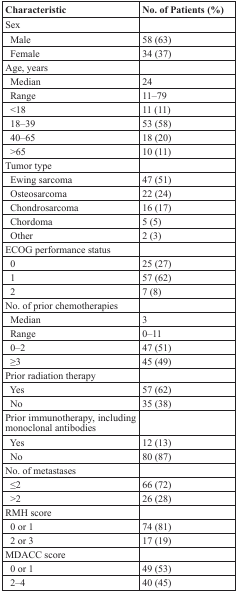
<table><thead><tr><td><b>Characteristic</b></td><td><b>No. of Patients (%)</b></td></tr></thead><tbody><tr><td>Sex</td><td></td></tr><tr><td> Male</td><td>58 (63)</td></tr><tr><td> Female</td><td>34 (37)</td></tr><tr><td>Age, years</td><td></td></tr><tr><td> Median</td><td>24</td></tr><tr><td> Range</td><td>11–79</td></tr><tr><td> &lt;18</td><td>11 (11)</td></tr><tr><td> 18–39</td><td>53 (58)</td></tr><tr><td> 40–65</td><td>18 (20)</td></tr><tr><td> &gt;65</td><td>10 (11)</td></tr><tr><td>Tumor type</td><td></td></tr><tr><td> Ewing sarcoma</td><td>47 (51)</td></tr><tr><td> Osteosarcoma</td><td>22 (24)</td></tr><tr><td> Chondrosarcoma</td><td>16 (17)</td></tr><tr><td> Chordoma</td><td>5 (5)</td></tr><tr><td> Other</td><td>2 (3)</td></tr><tr><td>ECOG performance status</td><td></td></tr><tr><td> 0</td><td>25 (27)</td></tr><tr><td> 1</td><td>57 (62)</td></tr><tr><td> 2</td><td>7 (8)</td></tr><tr><td>No. of prior chemotherapies</td><td></td></tr><tr><td> Median</td><td>3</td></tr><tr><td> Range</td><td>0–11</td></tr><tr><td> 0–2</td><td>47 (51)</td></tr><tr><td> ≥3</td><td>45 (49)</td></tr><tr><td>Prior radiation therapy</td><td></td></tr><tr><td> Yes</td><td>57 (62)</td></tr><tr><td> No</td><td>35 (38)</td></tr><tr><td>Prior immunotherapy, including monoclonal antibodies</td><td></td></tr><tr><td> Yes</td><td>12 (13)</td></tr><tr><td> No</td><td>80 (87)</td></tr><tr><td>No. of metastases</td><td></td></tr><tr><td> ≤2</td><td>66 (72)</td></tr><tr><td> &gt;2</td><td>26 (28)</td></tr><tr><td>RMH score</td><td></td></tr><tr><td> 0 or 1</td><td>74 (81)</td></tr><tr><td> 2 or 3</td><td>17 (19)</td></tr><tr><td>MDACC score</td><td></td></tr><tr><td> 0 or 1</td><td>49 (53)</td></tr><tr><td> 2–4</td><td>40 (45)</td></tr></tbody></table>